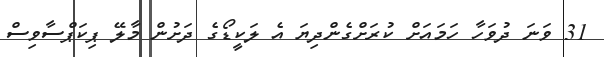
31 ވަނަ ދުވަހާ ހަމައަށް ކުރަށްގެންދިޔަ އެ ލަކީޑޯގެ ދަށުން މާލޭ ޕިކަޕްސާވިސް